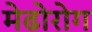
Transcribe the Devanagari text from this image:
मेढोरोग